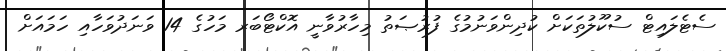
ސެޓެލައިޓް ސުކޫލުތަކަށް ކުދިންވަނުމުގެ ފުރުޞަތު މިހާރުވާނީ އޮކްޓޯބަރ މަހުގެ 14 ވަނަދުވަހާއި ހަމައަށް